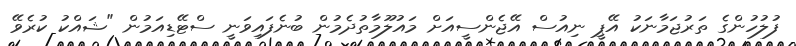
ފުލުހުންގެ ތަރުޖަމާނަކު އޭޕީ ނިއުސް އޭޖެންސީއަށް މައުލޫމާތުދެމުން ބުނެފައިވަނީ ސްޓޭޑިއަމުން "ޝައްކު ކުރެވޭ